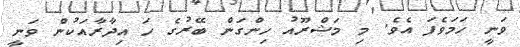
ވަނީ ހަމަވެފަ އެވެ. މި މަޝްރޫއު ހިންގަން ބޭރުގެ ހަ އިދާރާއަކުން ވަނީ